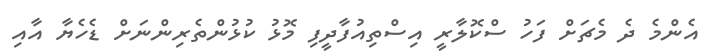
އެންމެ ދެ މެޗަށް ފަހު ސްކޮލާރީ އިސްތިއުފާދީފި މޮޅު ކުޅުންތެރިންނަށް ޑެހެޔާ އާއި